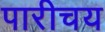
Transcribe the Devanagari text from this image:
पारीचय